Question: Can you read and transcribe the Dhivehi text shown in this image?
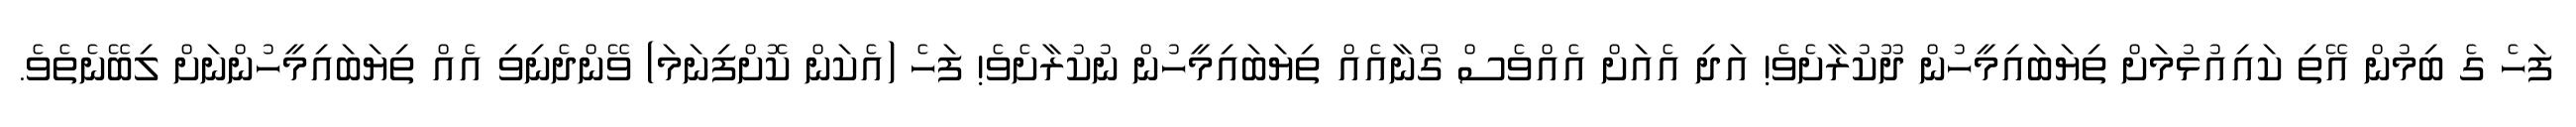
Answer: ފަހެ ގެ ބިމުން އޭތި ކައިއުޅުމަށް ތިޔަބައިމީހުން ދޫކުރާށެވެ! އަދި އެއަށް އެއްވެސް ގޯނާއެއް ތިޔަބައިމީހުން ނުކުރާށެވެ! ފަހެ (އެކަން ކޮށްފިނަމަ) ވޭންދެނިވި އެއް ތިޔަބައިމީހުންނަށް ލިބޭނެތެވެ.